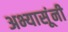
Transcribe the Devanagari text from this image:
अभ्यासूंनी